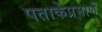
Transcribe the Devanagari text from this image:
पताकेप्रमाणे